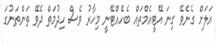
އަލަށް ގެނެވޭ ގިނަ އޭޓީއެމްތައް ބެހެއްޓޭނީ މިހާރު ވެސް ހިދުމަތް ދެވޭ ތަންތަނުގަ